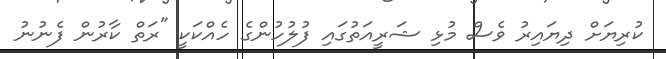
ކުރިޔަށް ދިޔައިރު ވެސް މުޅި ޝަރީއަތުގައި ފުލުހުންގެ ހެއްކަކީ "ރަތް ކާރުން ފެނުނު